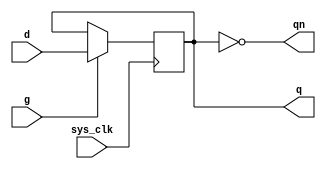
module ldp1
(
	output	q,
	output	qn,
	input		d,
	input		g,
	input		sys_clk
);

reg	data = 1'b0;

assign q = data;
assign qn = ~data;

// always @(d or g)
always @(posedge sys_clk)
begin
	if (g) begin
		data <= d;
	end
end

endmodule